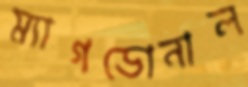
ম্যাগডোনাল